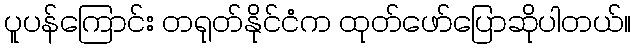
ပူပန်ကြောင်း တရုတ်နိုင်ငံက ထုတ်ဖော်ပြောဆိုပါတယ်။